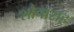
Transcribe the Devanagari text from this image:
शौचासह